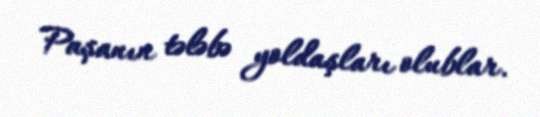
Paşanın tələbə yoldaşları olublar.